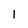
Character: 1